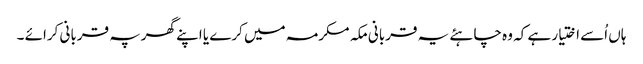
ہاں اُسے اختیار ہے کہ وہ چاہئے یہ قربانی مکہ مکرمہ میں کرے یا اپنے گھرپہ قربانی کرائے ۔